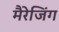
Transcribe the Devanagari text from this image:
मैरेजिंग